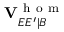
\mathbf { V } _ { E E ^ { \prime } | B } ^ { \mathrm { ~ h ~ o ~ m ~ } }